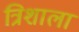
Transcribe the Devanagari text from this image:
त्रिशाला